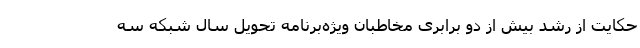
حکایت از رشد بیش از دو برابری مخاطبان ویژه‌برنامه تحویل سال شبکه سه